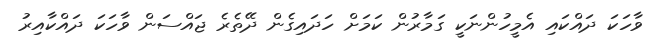
ވާހަކަ ދައްކައި އެމީހުންނަކީ ގަމާރުން ކަމަށް ހަދައިގެން ދޭތެރެ ޖައްސަން ވާހަކަ ދައްކާއިރު